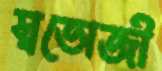
স্বভোজী